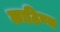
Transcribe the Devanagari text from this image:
काठिण्य